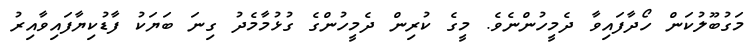
މަގުބޫލުކަން ހޯދާފައިވާ ދެމީހުންނެވެ. މީގެ ކުރިން ދެމީހުންގެ ގުޅުމާމެދު ގިނަ ބަޔަކު ފާޑުކިޔާފައިވާއިރު